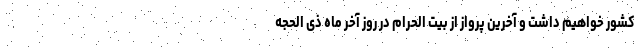
کشور خواهیم داشت و آخرین پرواز از بیت الحرام در روز آخر ماه ذی الحجه